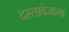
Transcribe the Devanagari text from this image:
दस्तावेजाला